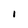
Character: I